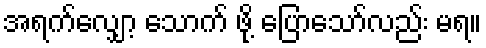
အရက်လျှော့ သောက် ဖို့ ပြောသော်လည်း မရ။